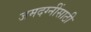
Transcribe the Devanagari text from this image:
जमदग्नींसाठी